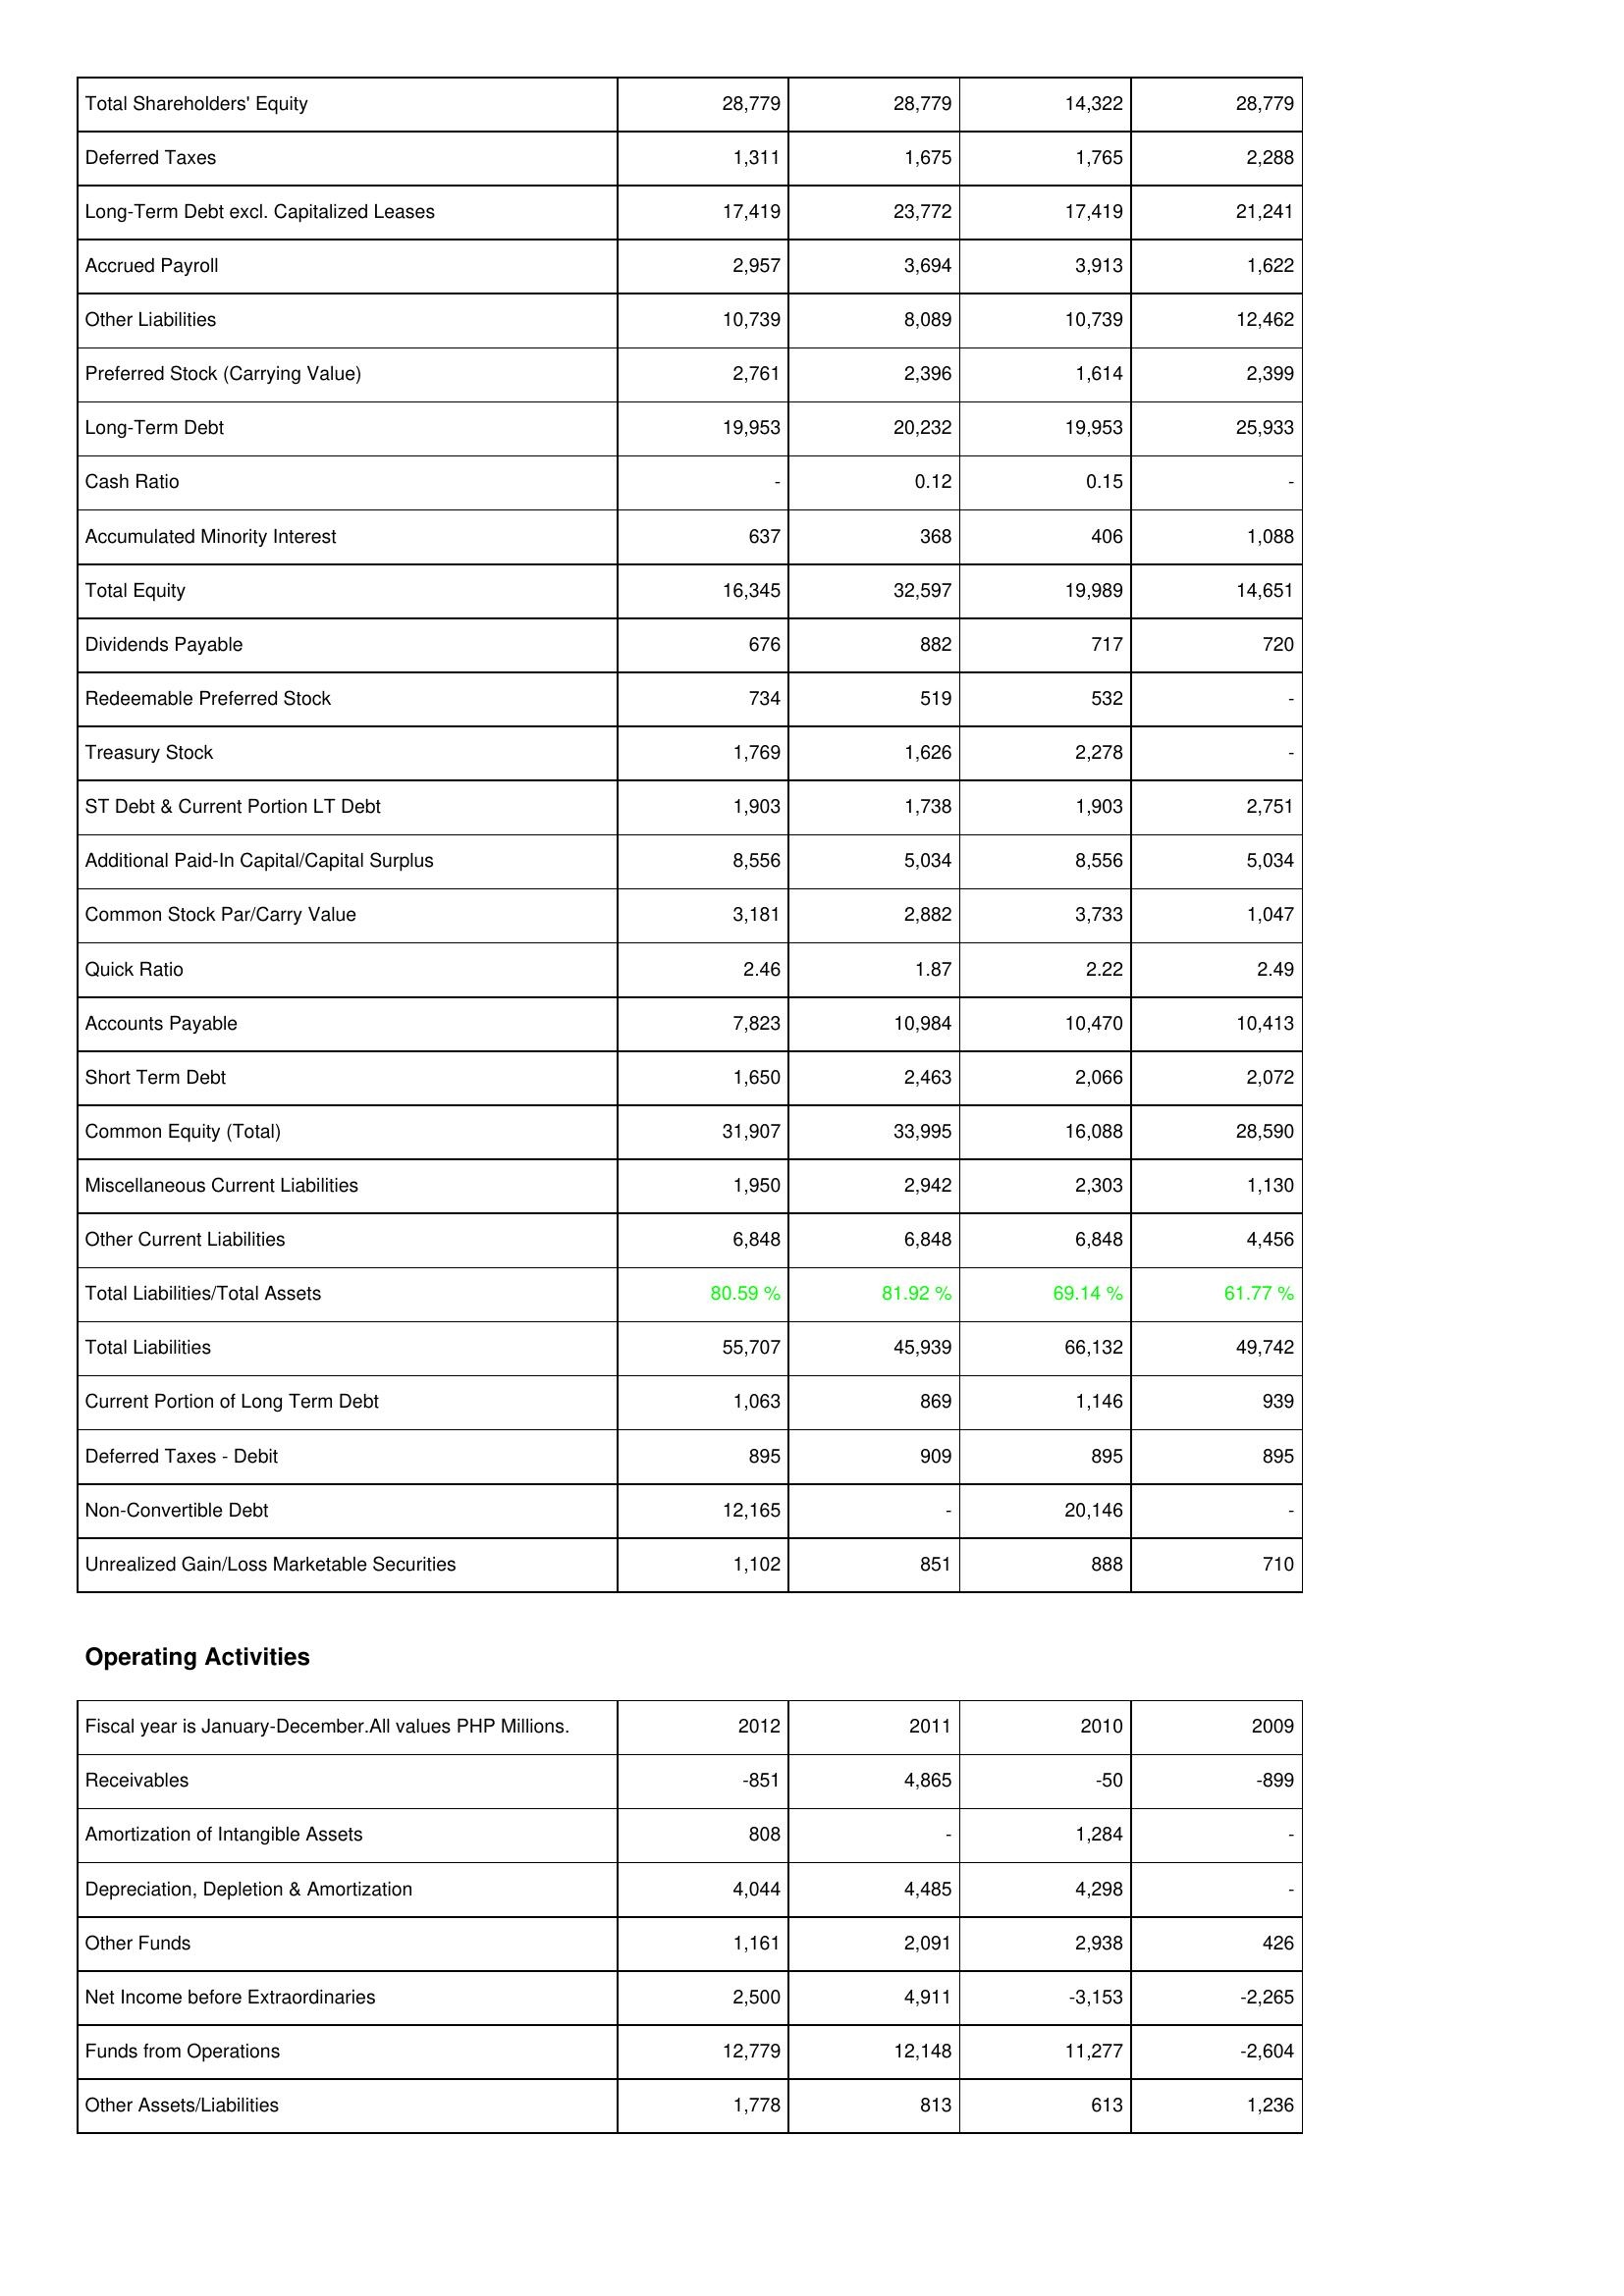
2012: Liabilities & Shareholders' Equity: Total Shareholders' Equity: 28,779
Deferred Taxes: 1,311
Long-Term Debt excl. Capitalized Leases: 17,419
Accrued Payroll: 2,957
Other Liabilities: 10,739
Preferred Stock (Carrying Value): 2,761
Long-Term Debt: 19,953
Cash Ratio: -
Accumulated Minority Interest: 637
Total Equity: 16,345
Dividends Payable: 676
Redeemable Preferred Stock: 734
Treasury Stock: 1,769
ST Debt & Current Portion LT Debt: 1,903
Additional Paid-In Capital/Capital Surplus: 8,556
Common Stock Par/Carry Value: 3,181
Quick Ratio: 2.46
Accounts Payable: 7,823
Short Term Debt: 1,650
Common Equity (Total): 31,907
Miscellaneous Current Liabilities: 1,950
Other Current Liabilities: 6,848
Total Liabilities/Total Assets: 80.59 %
Total Liabilities: 55,707
Current Portion of Long Term Debt: 1,063
Deferred Taxes - Debit: 895
Non-Convertible Debt: 12,165
Unrealized Gain/Loss Marketable Securities: 1,102
Operating Activities: Receivables: -851
Amortization of Intangible Assets: 808
Depreciation, Depletion & Amortization: 4,044
Other Funds: 1,161
Net Income before Extraordinaries: 2,500
Funds from Operations: 12,779
Other Assets/Liabilities: 1,778
2011: Liabilities & Shareholders' Equity: Total Shareholders' Equity: 28,779
Deferred Taxes: 1,675
Long-Term Debt excl. Capitalized Leases: 23,772
Accrued Payroll: 3,694
Other Liabilities: 8,089
Preferred Stock (Carrying Value): 2,396
Long-Term Debt: 20,232
Cash Ratio: 0.12
Accumulated Minority Interest: 368
Total Equity: 32,597
Dividends Payable: 882
Redeemable Preferred Stock: 519
Treasury Stock: 1,626
ST Debt & Current Portion LT Debt: 1,738
Additional Paid-In Capital/Capital Surplus: 5,034
Common Stock Par/Carry Value: 2,882
Quick Ratio: 1.87
Accounts Payable: 10,984
Short Term Debt: 2,463
Common Equity (Total): 33,995
Miscellaneous Current Liabilities: 2,942
Other Current Liabilities: 6,848
Total Liabilities/Total Assets: 81.92 %
Total Liabilities: 45,939
Current Portion of Long Term Debt: 869
Deferred Taxes - Debit: 909
Non-Convertible Debt: -
Unrealized Gain/Loss Marketable Securities: 851
Operating Activities: Receivables: 4,865
Amortization of Intangible Assets: -
Depreciation, Depletion & Amortization: 4,485
Other Funds: 2,091
Net Income before Extraordinaries: 4,911
Funds from Operations: 12,148
Other Assets/Liabilities: 813
2010: Liabilities & Shareholders' Equity: Total Shareholders' Equity: 14,322
Deferred Taxes: 1,765
Long-Term Debt excl. Capitalized Leases: 17,419
Accrued Payroll: 3,913
Other Liabilities: 10,739
Preferred Stock (Carrying Value): 1,614
Long-Term Debt: 19,953
Cash Ratio: 0.15
Accumulated Minority Interest: 406
Total Equity: 19,989
Dividends Payable: 717
Redeemable Preferred Stock: 532
Treasury Stock: 2,278
ST Debt & Current Portion LT Debt: 1,903
Additional Paid-In Capital/Capital Surplus: 8,556
Common Stock Par/Carry Value: 3,733
Quick Ratio: 2.22
Accounts Payable: 10,470
Short Term Debt: 2,066
Common Equity (Total): 16,088
Miscellaneous Current Liabilities: 2,303
Other Current Liabilities: 6,848
Total Liabilities/Total Assets: 69.14 %
Total Liabilities: 66,132
Current Portion of Long Term Debt: 1,146
Deferred Taxes - Debit: 895
Non-Convertible Debt: 20,146
Unrealized Gain/Loss Marketable Securities: 888
Operating Activities: Receivables: -50
Amortization of Intangible Assets: 1,284
Depreciation, Depletion & Amortization: 4,298
Other Funds: 2,938
Net Income before Extraordinaries: -3,153
Funds from Operations: 11,277
Other Assets/Liabilities: 613
2009: Liabilities & Shareholders' Equity: Total Shareholders' Equity: 28,779
Deferred Taxes: 2,288
Long-Term Debt excl. Capitalized Leases: 21,241
Accrued Payroll: 1,622
Other Liabilities: 12,462
Preferred Stock (Carrying Value): 2,399
Long-Term Debt: 25,933
Cash Ratio: -
Accumulated Minority Interest: 1,088
Total Equity: 14,651
Dividends Payable: 720
Redeemable Preferred Stock: -
Treasury Stock: -
ST Debt & Current Portion LT Debt: 2,751
Additional Paid-In Capital/Capital Surplus: 5,034
Common Stock Par/Carry Value: 1,047
Quick Ratio: 2.49
Accounts Payable: 10,413
Short Term Debt: 2,072
Common Equity (Total): 28,590
Miscellaneous Current Liabilities: 1,130
Other Current Liabilities: 4,456
Total Liabilities/Total Assets: 61.77 %
Total Liabilities: 49,742
Current Portion of Long Term Debt: 939
Deferred Taxes - Debit: 895
Non-Convertible Debt: -
Unrealized Gain/Loss Marketable Securities: 710
Operating Activities: Receivables: -899
Amortization of Intangible Assets: -
Depreciation, Depletion & Amortization: -
Other Funds: 426
Net Income before Extraordinaries: -2,265
Funds from Operations: -2,604
Other Assets/Liabilities: 1,236